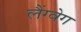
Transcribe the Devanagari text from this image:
लैंग्वेग